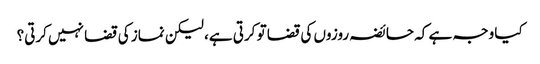
کیا وجہ ہے کہ حائضہ روزوں کی قضا تو کرتی ہے، لیکن نماز کی قضا نہیں کرتی؟